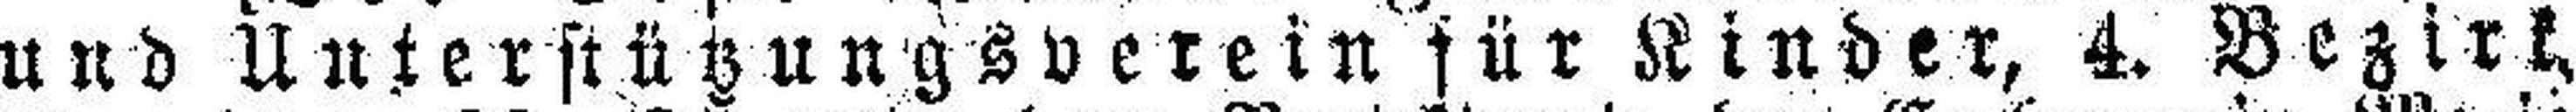
und Unterstützungsverein für Kinder, 4. Bezirk,